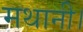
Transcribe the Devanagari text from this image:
मथानी।